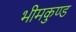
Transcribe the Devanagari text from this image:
भीमकुण्ड